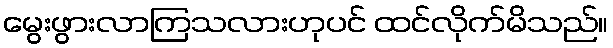
မွေးဖွားလာကြသလားဟုပင် ထင်လိုက်မိသည်။